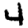
Digit: 4